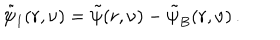
\tilde { \psi } _ { I } ( r , \nu ) = \tilde { \psi } ( r , \nu ) - \tilde { \psi } _ { B } ( r , \nu ) \, .